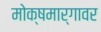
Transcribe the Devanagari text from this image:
मोक्षमार्गावर